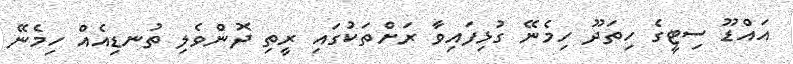
އައްޑޫ ސިޓީގެ ހިތަދޫ ހިމެނޭ ގުޅިފައިވާ ރަށްތަކުގައި ރީތި ދޮންވެލި ތުނޑިއެއް ހިމެނޭ